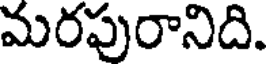
మరపురానిది.